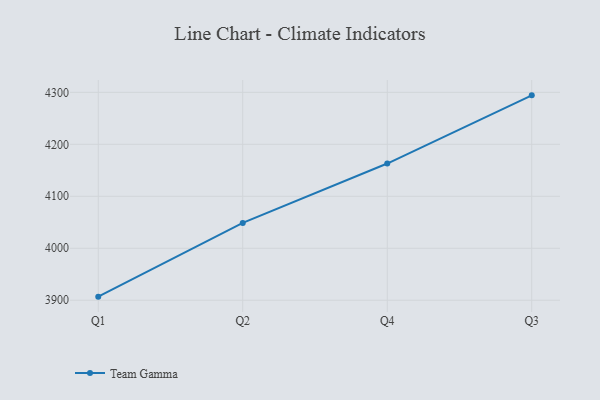
{"axis": {"x": "Quarter", "y": "Tickets Resolved"}, "legend": ["Team Gamma"], "data": [{"x": "Q1", "y": 3906.9, "type": "Team Gamma"}, {"x": "Q2", "y": 4048.8, "type": "Team Gamma"}, {"x": "Q4", "y": 4163.0, "type": "Team Gamma"}, {"x": "Q3", "y": 4294.2, "type": "Team Gamma"}]}